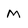
Character: M